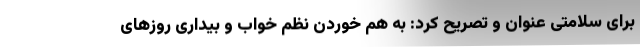
برای سلامتی عنوان و تصریح کرد: به هم خوردن نظم خواب و بیداری روزهای